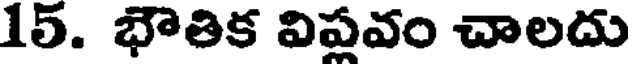
15. భౌతిక విషవం చాలదు